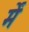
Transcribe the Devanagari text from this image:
र्में